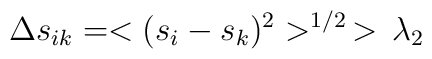
\Delta  s_{ik}=<(s_i-s_k)^2>^{1/2}\,>\,\lambda_2